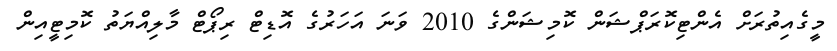
މީގެއިތުރަށް އެންޓިކޮރަޕްޝަން ކޮމިޝަންގެ 2010 ވަނަ އަހަރުގެ އޮޑިޓް ރިޕޯޓް މާލިއްޔަތު ކޮމިޓީއިން